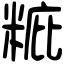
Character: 䊌